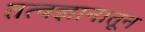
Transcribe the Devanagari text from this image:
तत्वज्ञानातून